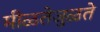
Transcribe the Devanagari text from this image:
मीळतेजुळते